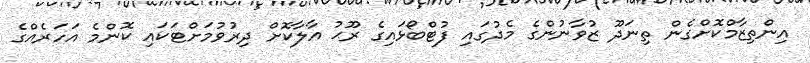
އިންތިޒާމްކޮށްގެން ތިނަދޫ ޒުވާނުންގެ މެދުގައި ފުޓްބޯޅައިގެ ރޫޙު އާލާކޮށް ދިރުވުމަށްޓަކައި ކޮންމެ އަހަރެއްގެ